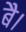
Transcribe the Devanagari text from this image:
बै।